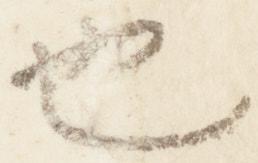
也